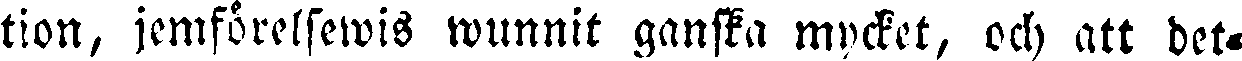
tion, jemförelsewis wunnit gansta mycket, och att det-